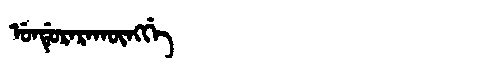
Manchu: ᡠᠨᡩᡠᡵᠠᡵᠠᡴᡡᠩᡤᡝ
Romanization: UNDURARAKŪNGGE